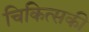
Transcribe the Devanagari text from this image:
चिकित्सकी